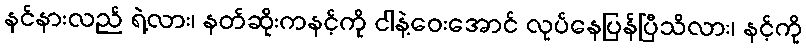
နင်နားလည် ရဲ့လား၊ နတ်ဆိုးကနင့်ကို ငါနဲ့ဝေးအောင် လုပ်နေပြန်ပြီသိလား၊ နင့်ကို